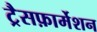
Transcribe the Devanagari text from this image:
ट्रैसफ़ार्मेशन